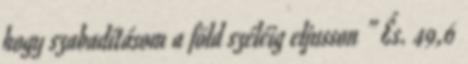
hogy szabadításom a föld széléig eljusson ” És. 49,6